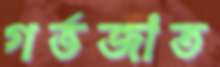
গর্ভজাত